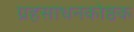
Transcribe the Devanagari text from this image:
ग्रहसाधनकोष्ठक